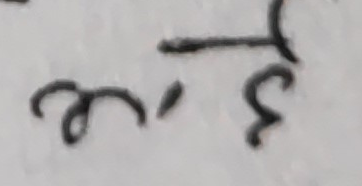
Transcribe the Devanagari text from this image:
३.९८